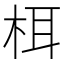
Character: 栮